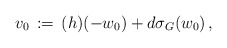
\begin{align*}v_0\, :=\, (h)(-w_0)+ d\sigma_G(w_0)\, ,\end{align*}